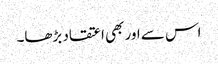
اس سے اور بھی اعتقاد بڑھا۔